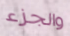
والجزء